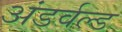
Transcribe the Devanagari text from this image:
अंडर्वल्ड